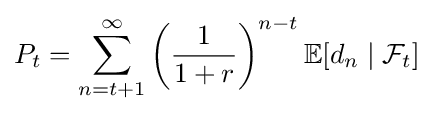
P_{t}=\sum _{n=t+1}^{\infty }\left({\frac {1}{1+r}}\right)^{n-t}\mathbb {E} [d_{n}\mid {\mathcal {F}}_{t}]